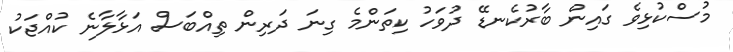
މުސްކުޅިވެ ގައިން ބާރުކެނޑޭ ދުވަހު ކިތަންމެ ގިނަ ދަރިން ތިއްބަސް އަޅާލާނެ ކުއްޖަކު